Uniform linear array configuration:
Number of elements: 4
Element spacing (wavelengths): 0.25
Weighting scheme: blackman
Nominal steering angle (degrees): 60
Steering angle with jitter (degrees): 58.792
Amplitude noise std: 0.05
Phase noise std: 0.05

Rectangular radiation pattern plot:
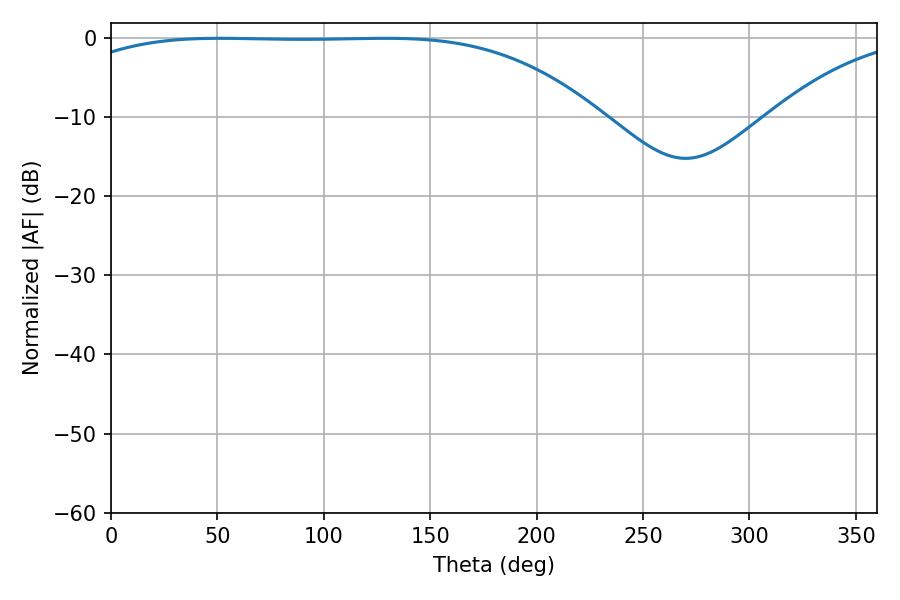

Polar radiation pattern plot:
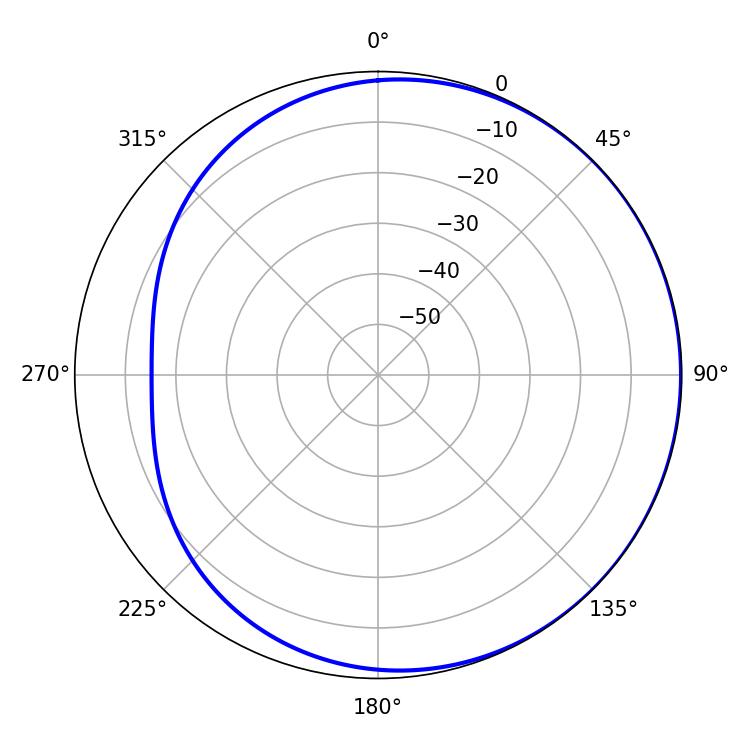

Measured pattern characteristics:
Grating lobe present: FALSE
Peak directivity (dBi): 0.7731
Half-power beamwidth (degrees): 192.6
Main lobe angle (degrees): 51.12